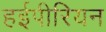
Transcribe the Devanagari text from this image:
हईपीरियन